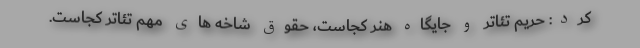
کرد: حریم تئاتر و جایگاه هنر کجاست، حقوق شاخه های مهم تئاتر کجاست.